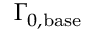
\Gamma _ { 0 , \mathrm { b a s e } }